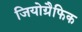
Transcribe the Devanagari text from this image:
जियोग्रैफिक